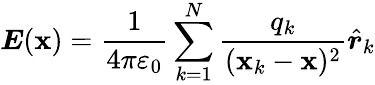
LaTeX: {\boldsymbol{E}}({\boldsymbol{\mathbf{x}}})={\frac{{1}}{{4\pi\varepsilon_{0}}}}\sum_{k=1}^{N}{\frac{{q_{k}}}{{({\boldsymbol{\mathbf{x}}}_{k}-{\boldsymbol{\mathbf{x}}})^{2}}}}{\hat{{\boldsymbol{r}}}}_{k}